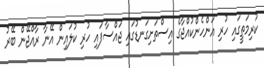
ކުރިމަތީގައި ހުރި އަންހެންކުއްޖާގެ އިސްތަށިގަނޑުގައި ޖައްސާފައި ހުރި ކުލައިން އޭނާ ރާއްޖޭން ބޭރު